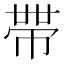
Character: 𭘧